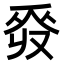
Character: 𠭡